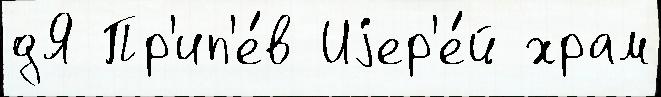
дЯ Пр'ип'е́в Иjер'е́й храм